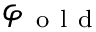
\varphi _ { \mathrm { ~ o ~ l ~ d ~ } }